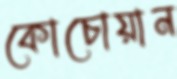
কোচোয়ান